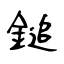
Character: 鎚